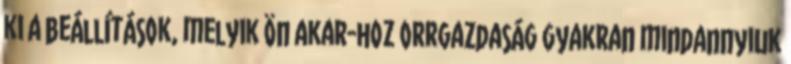
ki a beállítások, melyik ön akar-hoz orrgazdaság gyakran mindannyiuk